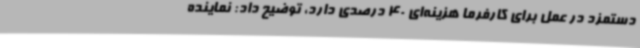
دستمزد در عمل برای کارفرما هزینه‌ای 40 درصدی دارد، توضیح داد: نماینده